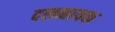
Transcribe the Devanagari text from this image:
दलनायक